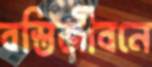
বস্তিজীবনে